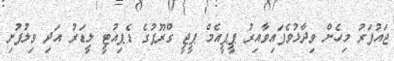
ޖައުފަރު މިހެން ވިދާޅުވެފައިވާއިރު ޕީޕީއެމް ޕީޖީ ގްރޫޕުގެ ޑެޕިއުޓީ ލީޑަރު އަދި ވިލުފުށި